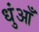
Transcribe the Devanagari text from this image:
धुंआँ